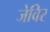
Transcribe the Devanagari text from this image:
जेविर